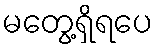
မတွေ့ရှိရပေ